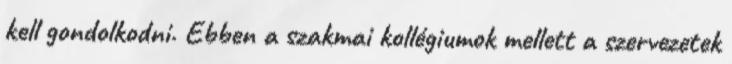
kell gondolkodni. Ebben a szakmai kollégiumok mellett a szervezetek